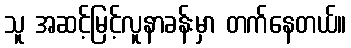
သူ အဆင့်မြင့်လူနာခန်းမှာ တက်နေတယ်။